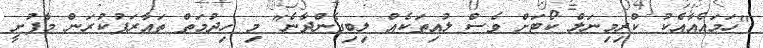
"ހަމައެއާއެކު ކްރިމިނަލް ކޯޓަށް ވެސް ލުއިތަކެއް ލިބިގެންދާނެ" މި ހިދުމަތް ތައާރަފުކުރަން މާފުށީ